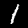
Label: 1